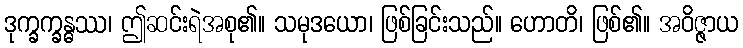
ဒုက္ခက္ခန္ဓဿ၊ ဤဆင်းရဲအစု၏။ သမုဒယော၊ ဖြစ်ခြင်းသည်။ ဟောတိ၊ ဖြစ်၏။ အဝိဇ္ဇာယ